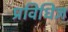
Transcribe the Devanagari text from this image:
प्रविधिज्ञ